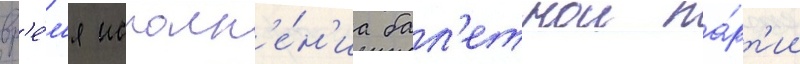
вр'е́м'я исполн'е́н'иа бал'етнои па́рт'ии